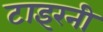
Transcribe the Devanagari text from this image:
टाइरनी